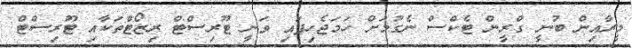
މީރާއިން ބުނީ ގްރީން ޓެކްސް ނެގުމަށް ހަމަޖެހިފައި ވަނީ ޓޫރިސްޓް ރިޒޯޓްތަކާއި ޓޫރިސްޓް